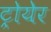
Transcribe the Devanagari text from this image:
ट्रोयेर